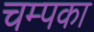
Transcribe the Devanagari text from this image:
चम्पका